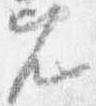
兀